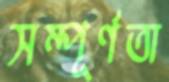
সম্পূর্ণতা